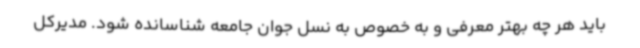
باید هر چه بهتر معرفی و به خصوص به نسل جوان جامعه شناسانده شود. مدیرکل